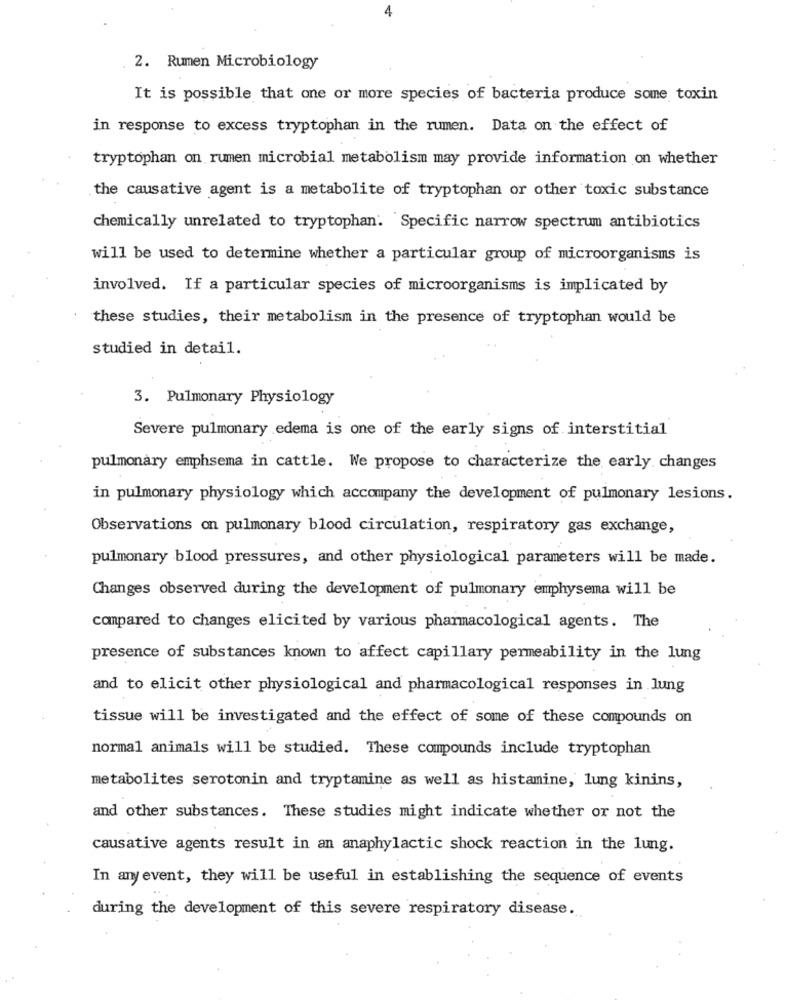
4
2. Rumen Microbiology
It is possible that one or more species of bacteria produce some toxin
in response to excess tryptophan in the rumen. Data on the effect of
tryptophan on rumen microbial metabolism may provide information on whether
the causative agent is a metabolite of tryptophan or other toxic substance
chemically unrelated to tryptophan. Specific narrow spectrum antibiotics
will be used to determine whether a particular group of microorganisms is
involved. If a particular species of microorganisms is implicated by
these studies, their metabolism in the presence of tryptophan would be
studied in detail.
3. Pulmonary Physiology
Severe pulmonary edema is one of the early signs of interstitial
pulmonary emphsema in cattle. We propose to characterize the early changes
in pulmonary physiology which accompany the development of pulmonary lesions.
Observations on pulmonary blood circulation, respiratory gas exchange,
pulmonary blood pressures, and other physiological parameters will be made.
Changes observed during the development of pulmonary emphysema will be
compared to changes elicited by various pharmacological agents. The
presence of substances known to affect capillary permeability in the lung
and to elicit other physiological and pharmacological responses in lung
tissue will be investigated and the effect of some of these compounds on
normal animals will be studied. These compounds include tryptophan
metabolites serotonin and tryptamine as well as histamine, lung kinins,
and other substances. These studies might indicate whether or not the
causative agents result in an anaphylactic shock reaction in the lung.
In any event, they will be useful in establishing the sequence of events
during the development of this severe respiratory disease.